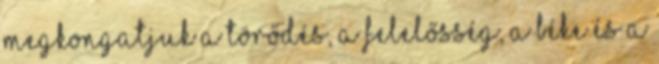
megkongatjuk a törődés, a felelősség, a béke és a